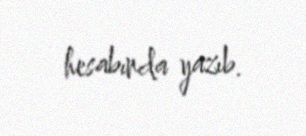
hesabında yazıb.